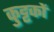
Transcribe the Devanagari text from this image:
कुट्टकों